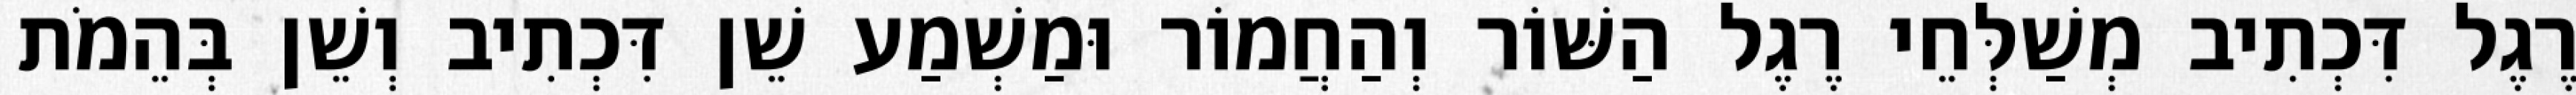
רֶגֶל דִּכְתִיב מְשַׁלְּחֵי רֶגֶל הַשּׁוֹר וְהַחֲמוֹר וּמַשְׁמַע שֵׁן דִּכְתִיב וְשֵׁן בְּהֵמֹת